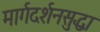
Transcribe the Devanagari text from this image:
मार्गदर्शनसुद्धा